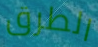
الطرق